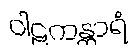
ဝါဠကန္တာရံ